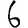
Digit: 6